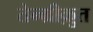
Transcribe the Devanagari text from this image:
तेन्ग्रीक़ुत